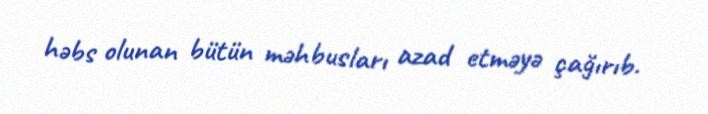
həbs olunan bütün məhbusları azad etməyə çağırıb.